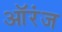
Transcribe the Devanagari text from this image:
ऑरंज